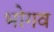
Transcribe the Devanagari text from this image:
भोगव